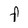
Character: f